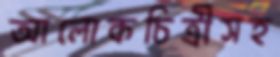
আলোকচিত্রীসহ